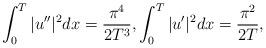
LaTeX: \begin{align*}\int_0^T |u''|^2dx= \frac{\pi^4}{2T^3}, \int_0^T |u'|^2 dx= \frac{\pi^2}{2T},\end{align*}